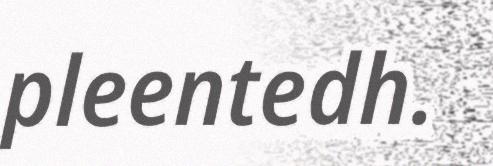
pleentedh.